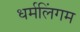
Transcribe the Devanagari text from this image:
धर्मलिंगम